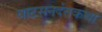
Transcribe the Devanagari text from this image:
वाटसनदंतकथा